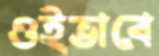
ওইভাবে